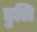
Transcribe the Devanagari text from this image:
डुलि